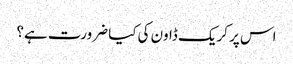
اس پر کریک ڈاون کی کیا ضرورت ہے؟